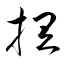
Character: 捏